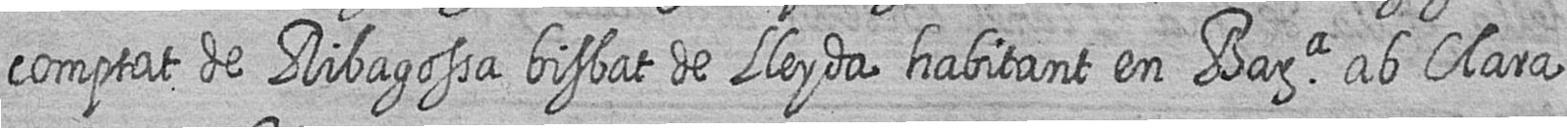
comptat de Ribagossa bisbat de Lleyda habitant en Bara ab Clara